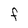
Character: F